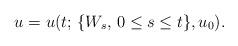
LaTeX: \begin{align*}u = u(t; \, \{W_s, \, 0 \leq s \leq t \}, u_0 ).\end{align*}